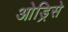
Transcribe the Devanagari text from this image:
ओड्रिसे